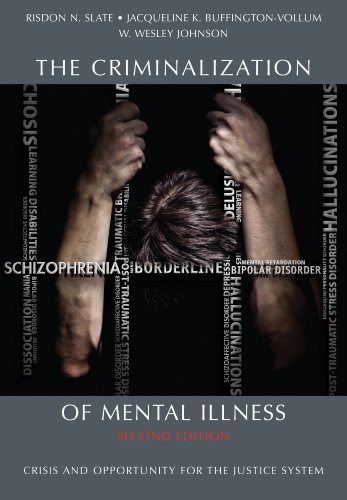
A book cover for The Criminalization of Mental Illness: Crisis and Opportunity for the Justice System, Second Edition; Risdon N. Slate; Law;